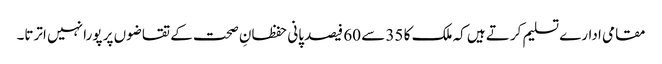
مقامی ادارے تسلیم کرتے ہیں کہ ملک کا 35 سے 60 فیصد پانی حفظانِ صحت کے تقاضوں پر پورا نہیں اترتا۔